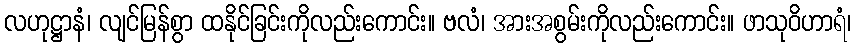
လဟုဋ္ဌာနံ၊ လျင်မြန်စွာ ထနိုင်ခြင်းကိုလည်းကောင်း။ ဗလံ၊ အားအစွမ်းကိုလည်းကောင်း။ ဖာသုဝိဟာရံ၊